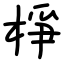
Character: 棦